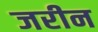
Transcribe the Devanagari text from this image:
जरीन